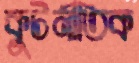
কুটনীতিক